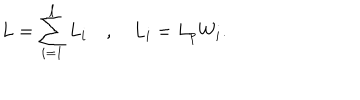
L = \sum _ { i = 1 } ^ { \ell } L _ { i } \quad , \quad L _ { i } = L _ { p } W _ { i } .